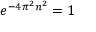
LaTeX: e ^ { - 4 \pi ^ { 2 } n ^ { 2 } } = 1 \qquad